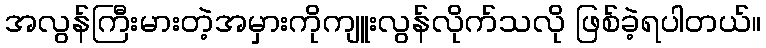
အလွန်ကြီးမားတဲ့အမှားကိုကျူးလွန်လိုက်သလို ဖြစ်ခဲ့ရပါတယ်။